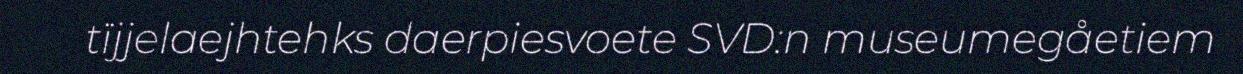
tïjjelaejhtehks daerpiesvoete SVD:n museumegåetiem